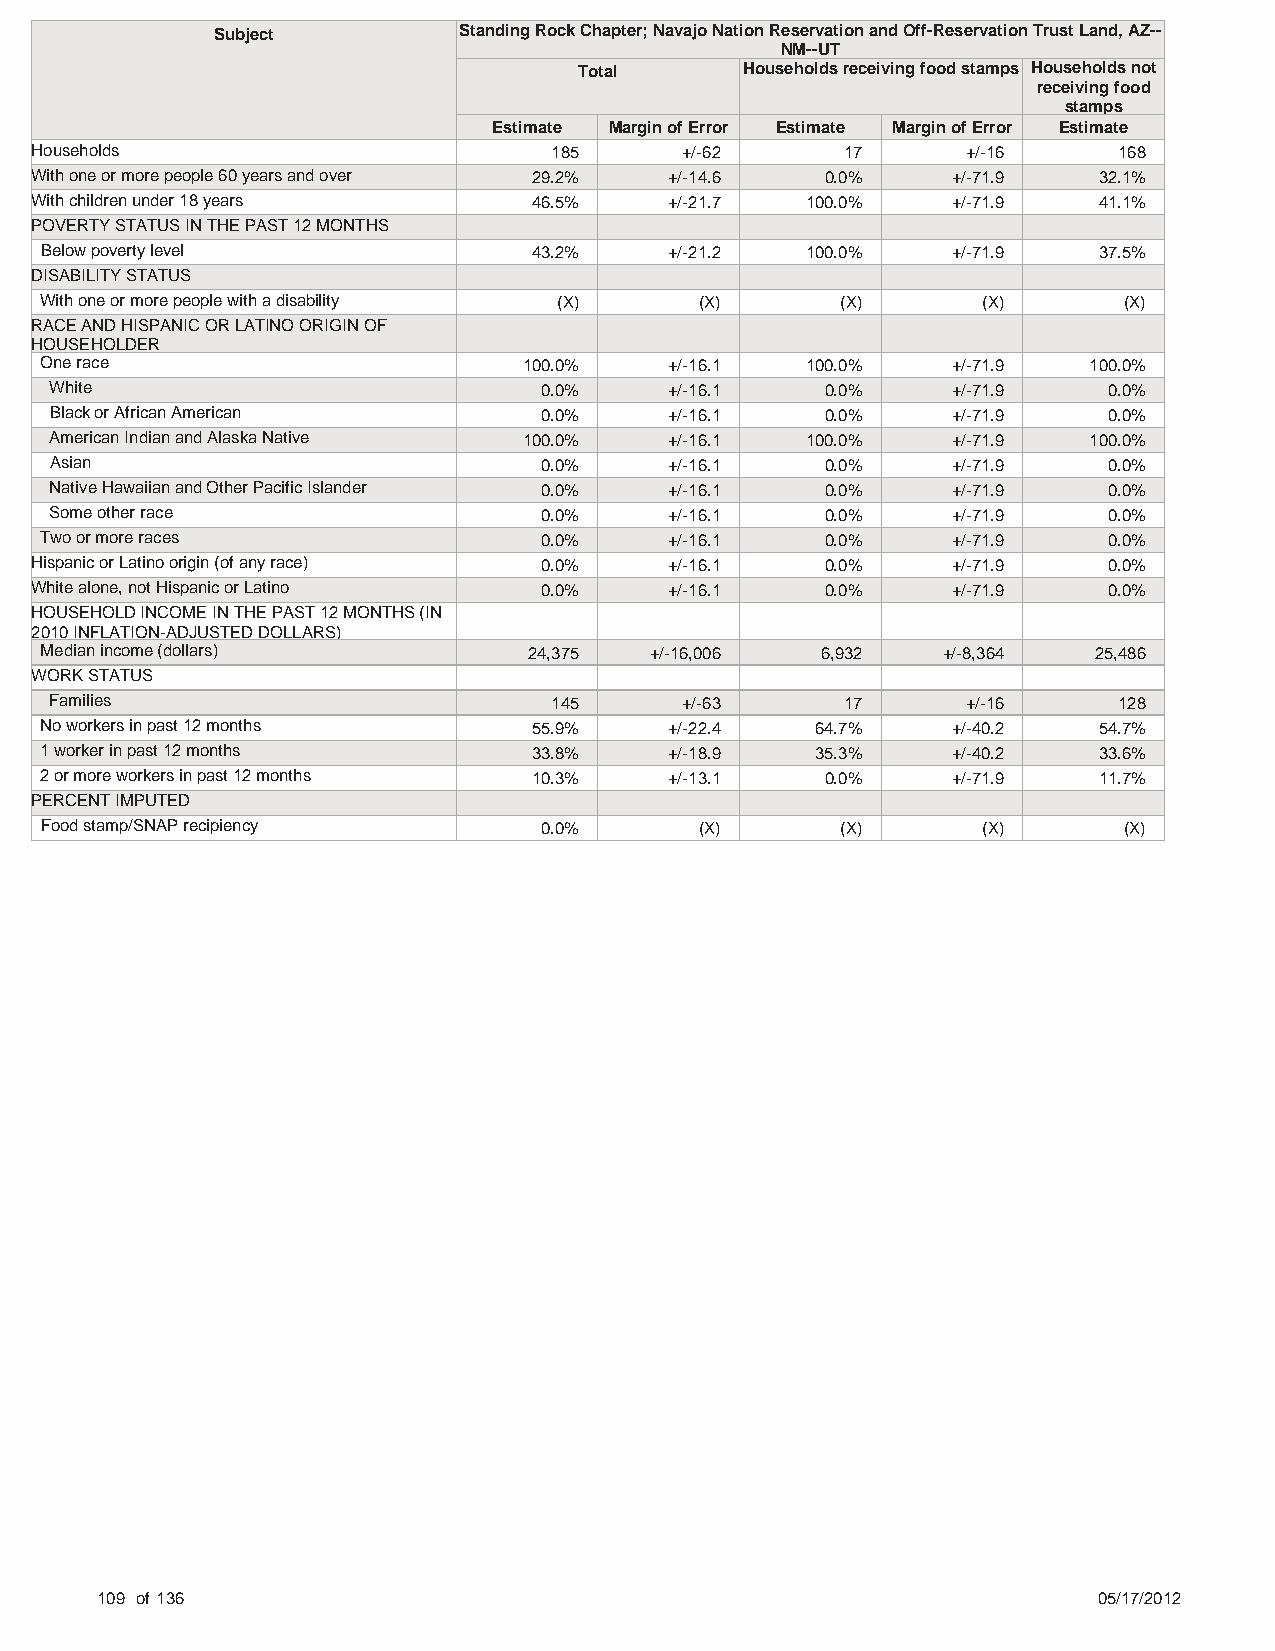
Subject         Standing Rock Chapter; Navajo Nation Reservation and Off-Reservation Trust Land, AZ--
 NM--UT
 Total      Households receiving food stamps Households not
 receiving food
 stamps
 Estimate Margin of Error Estimate Margin of Error Estimate
 Households                         185     +/-62      17      +/-16     168
 With one or more people 60 years and over 29.2% +/-14.6 0.0% +/-71.9   32.1%
 With children under 18 years     46.5%    +/-21.7  100.0%    +/-71.9   41.1%
 POVERTY STATUS IN THE PAST 12 MONTHS
 Below poverty level             43.2%    +/-21.2  100.0%    +/-71.9   37.5%
 DISABILITY STATUS
 With one or more people with a disability (X) (X)    (X)      (X)      (X)
 RACE AND HISPANIC OR LATINO ORIGIN OF
 HOUSEHOLDER
 One race                        100.0%   +/-16.1  100.0%    +/-71.9  100.0%
 White                            0.0%    +/-16.1    0.0%    +/-71.9   0.0%
 Black or African American        0.0%    +/-16.1    0.0%    +/-71.9   0.0%
 American Indian and Alaska Native 100.0% +/-16.1  100.0%    +/-71.9  100.0%
 Asian                            0.0%    +/-16.1    0.0%    +/-71.9   0.0%
 Native Hawaiian and Other Pacific Islander 0.0% +/-16.1 0.0% +/-71.9  0.0%
 Some other race                  0.0%    +/-16.1    0.0%    +/-71.9   0.0%
 Two or more races                0.0%    +/-16.1    0.0%    +/-71.9   0.0%
 Hispanic or Latino origin (of any race) 0.0% +/-16.1 0.0%    +/-71.9   0.0%
 White alone, not Hispanic or Latino 0.0%  +/-16.1    0.0%    +/-71.9   0.0%
 HOUSEHOLD INCOME IN THE PAST 12 MONTHS (IN
 2010 INFLATION-ADJUSTED DOLLARS)
 Median income (dollars)         24,375  +/-16,006  6,932   +/-8,364  25,486
 WORK STATUS
 Families                          145     +/-63      17      +/-16     128
 No workers in past 12 months    55.9%    +/-22.4   64.7%    +/-40.2   54.7%
 1 worker in past 12 months      33.8%    +/-18.9   35.3%    +/-40.2   33.6%
 2 or more workers in past 12 months 10.3% +/-13.1   0.0%    +/-71.9   11.7%
 PERCENT IMPUTED
 Food stamp/SNAP recipiency       0.0%      (X)       (X)      (X)      (X)
 109 of 136                                                         05/17/2012